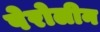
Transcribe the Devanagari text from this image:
पेरोलीन